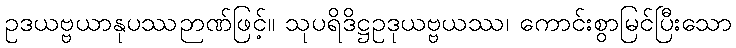
ဥဒယဗ္ဗယာနုပဿဉာဏ်ဖြင့်။ သုပရိဒိဋ္ဌဥဒုယဗ္ဗယဿ၊ ကောင်းစွာမြင်ပြီးသော